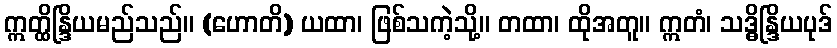
ဣတ္ထိန္ဒြိယမည်သည်။ (ဟောတိ) ယထာ၊ ဖြစ်သကဲ့သို့။ တထာ၊ ထိုအတူ။ ဣတံ၊ သဒ္ဓိန္ဒြိယပုဒ်